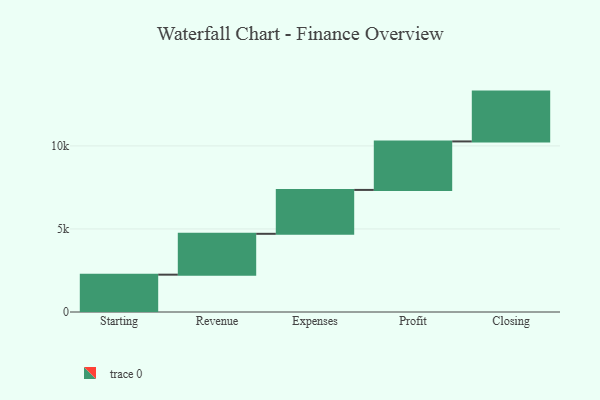
{"axis": {"x": "Step", "y": "Value"}, "legend": [""], "data": [{"x": "Starting", "y": 2248.0, "type": ""}, {"x": "Revenue", "y": 2460.0, "type": ""}, {"x": "Expenses", "y": 2642.0, "type": ""}, {"x": "Profit", "y": 2920.0, "type": ""}, {"x": "Closing", "y": 3000, "type": ""}]}